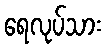
ရေလုပ်သား